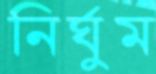
নির্ঘুম